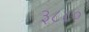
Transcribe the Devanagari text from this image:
३८८०